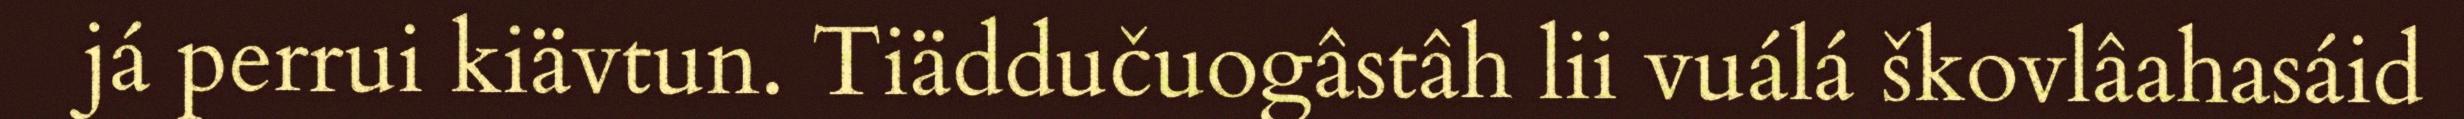
já perrui kiävtun. Tiäddučuogâstâh lii vuálá škovlâahasáid